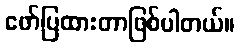
ဖော်ပြထားတာဖြစ်ပါတယ်။